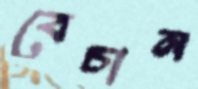
বেচান